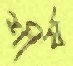
শীর্য